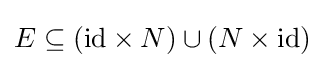
E\subseteq (\mathrm {id} \times N)\cup (N\times \mathrm {id} )